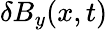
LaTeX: \delta B_{y}(x,t)